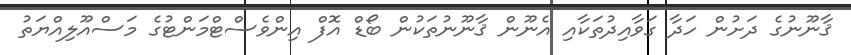
ޤާނޫނުގެ ދަށުން ހަދާ ގަވާއިދުތަކާއި އެނޫން ޤާނޫނުތަކުން ބޯޑް އޮފް އިންވެސްޓްމަންޓުގެ މަސްއޫލިއްޔަތު